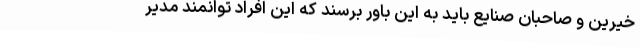
خیرین و صاحبان صنایع باید به این باور برسند که این افراد توانمند مدیر